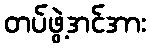
တပ်ဖွဲ့အင်အား